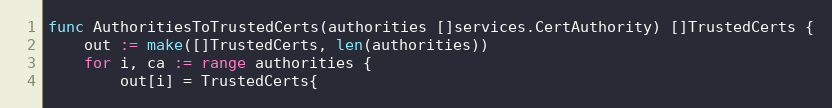
Language: Go
func AuthoritiesToTrustedCerts(authorities []services.CertAuthority) []TrustedCerts {
	out := make([]TrustedCerts, len(authorities))
	for i, ca := range authorities {
		out[i] = TrustedCerts{